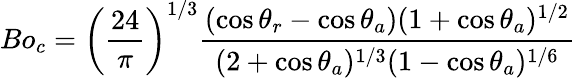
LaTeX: Bo_{c}=\left(\frac{24}{\pi}\right)^{1/3}\frac{(\cos{\theta_{r}}-\cos{\theta_{a}})(1+\cos{\theta_{a}})^{1/2}}{(2+\cos{\theta_{a}})^{1/3}(1-\cos{\theta_{a}})^{1/6}}